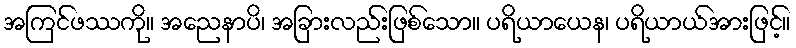
အကြင်ဖဿကို။ အညေနာပိ၊ အခြားလည်းဖြစ်သော။ ပရိယာယေန၊ ပရိယာယ်အားဖြင့်။